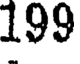
199